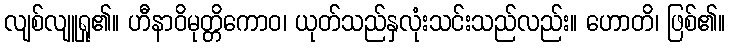
လျစ်လျူရှု၏။ ဟီနာဝိမုတ္တိကောဝ၊ ယုတ်သည်နှလုံးသင်းသည်လည်း။ ဟောတိ၊ ဖြစ်၏။